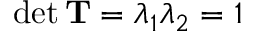
\operatorname* { d e t } \mathbf { T } = \lambda _ { 1 } \lambda _ { 2 } = 1